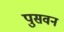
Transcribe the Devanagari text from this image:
पुसवन